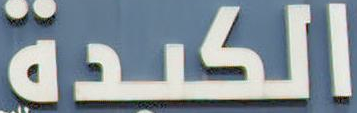
الكبدة